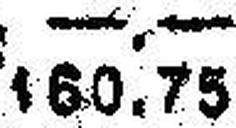
160.75